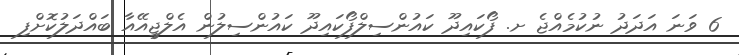
6 ވަނަ އަދަދު ނުކުމެއްޖެ ށ. ފޯކައިދޫ ކައުންސިލްފޯކައިދޫ ކައުންސިލުން އެލްޖީއޭއާ ބައްދަލުކޮށްފި